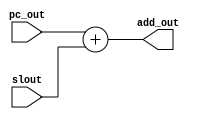
`timescale 1ns / 1ps
//////////////////////////////////////////////////////////////////////////////////
// Company: 
// Engineer: 
// 
// Design Name:    Zezhong Wang
// Module Name:    ALUAdd.v 
// Project Name:  
// Target Devices: 
// Tool versions: 
// Description: 
//
// Dependencies: 
//
// Revision: 
// Revision 0.01 - File Created
// Additional Comments: 
//
//////////////////////////////////////////////////////////////////////////////////

module ALUAdd(pc_out, slout, add_out);
  input [31:0] pc_out;
  input [31:0] slout;
  output reg [31:0] add_out;
  always @(pc_out, slout)
    begin
      add_out <= pc_out + slout;
    end
endmodule